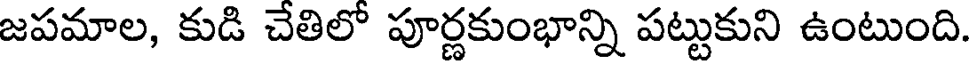
జపమాల, కుడి చేతిలో పూర్ణకుంభాన్ని పట్టుకుని ఉంటుంది.